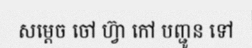
សម្តេច ចៅ ហ្វ៊ា កៅ បញ្ជូន ទៅ